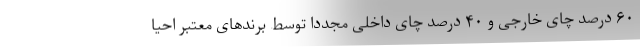
۶۰ درصد چای خارجی و ۴۰ درصد چای داخلی مجددا توسط برندهای معتبر احیا